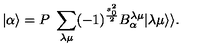
| \alpha \rangle = P \ \sum _ { \lambda \mu } ( - 1 ) ^ { \frac { s _ { 0 } ^ { 2 } } { 2 } } B _ { \alpha } ^ { \lambda \mu } | \lambda \mu \rangle \rangle .